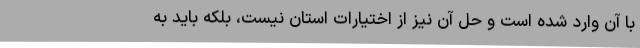
با آن وارد شده است و حل آن نیز از اختیارات استان نیست، بلکه باید به